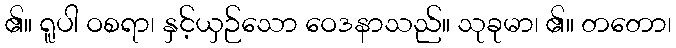
၏။ ရူပါ ဝစရာ၊ နှင့်ယှဉ်သော ဝေဒနာသည်။ သုခုမာ၊ ၏။ တတော၊